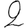
Digit: 2